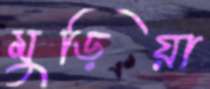
মুড়িয়া